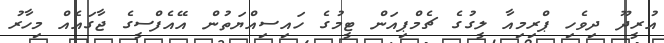
އުރީދޫ ދިވެހި ޕްރިމިއާ ލީގުގެ ޗެމްޕިއަން ޓީމުގެ ހައިސިއްޔަތުން އޭއެފްސީގެ ޖާގައެއް މިހާރު